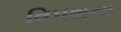
વિપશના